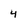
Character: 4